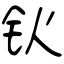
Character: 钬